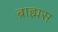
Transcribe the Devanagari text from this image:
ब्राह्मस